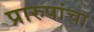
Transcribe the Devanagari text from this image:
प्रारुपांचा